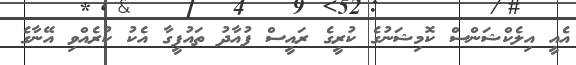
އެއީ އިލެކްޝަންސް ކޮމިޝަނުގެ ކުރީގެ ރައީސް ފުއާދު ތައުފީގާ އެކު ކުރެއްވި އޭނާގެ